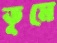
ভূমে